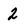
Character: 2